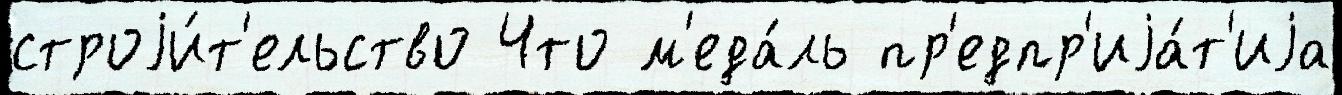
строjи́т'ельство Что м'еда́ль пр'едпр'иjа́т'иjа